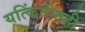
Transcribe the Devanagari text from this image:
यत्किंतीतही